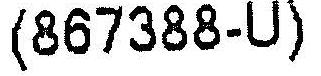
(867388-U)